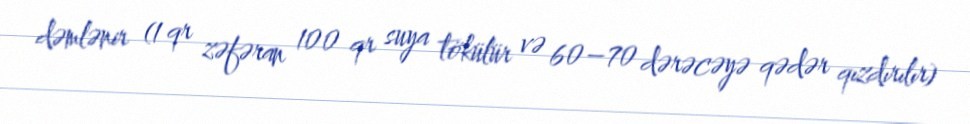
dəmlənir (1 qr zəfəran 100 qr suya tökülür və 60–70 dərəcəyə qədər qızdırılır)